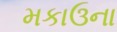
મકાઉના